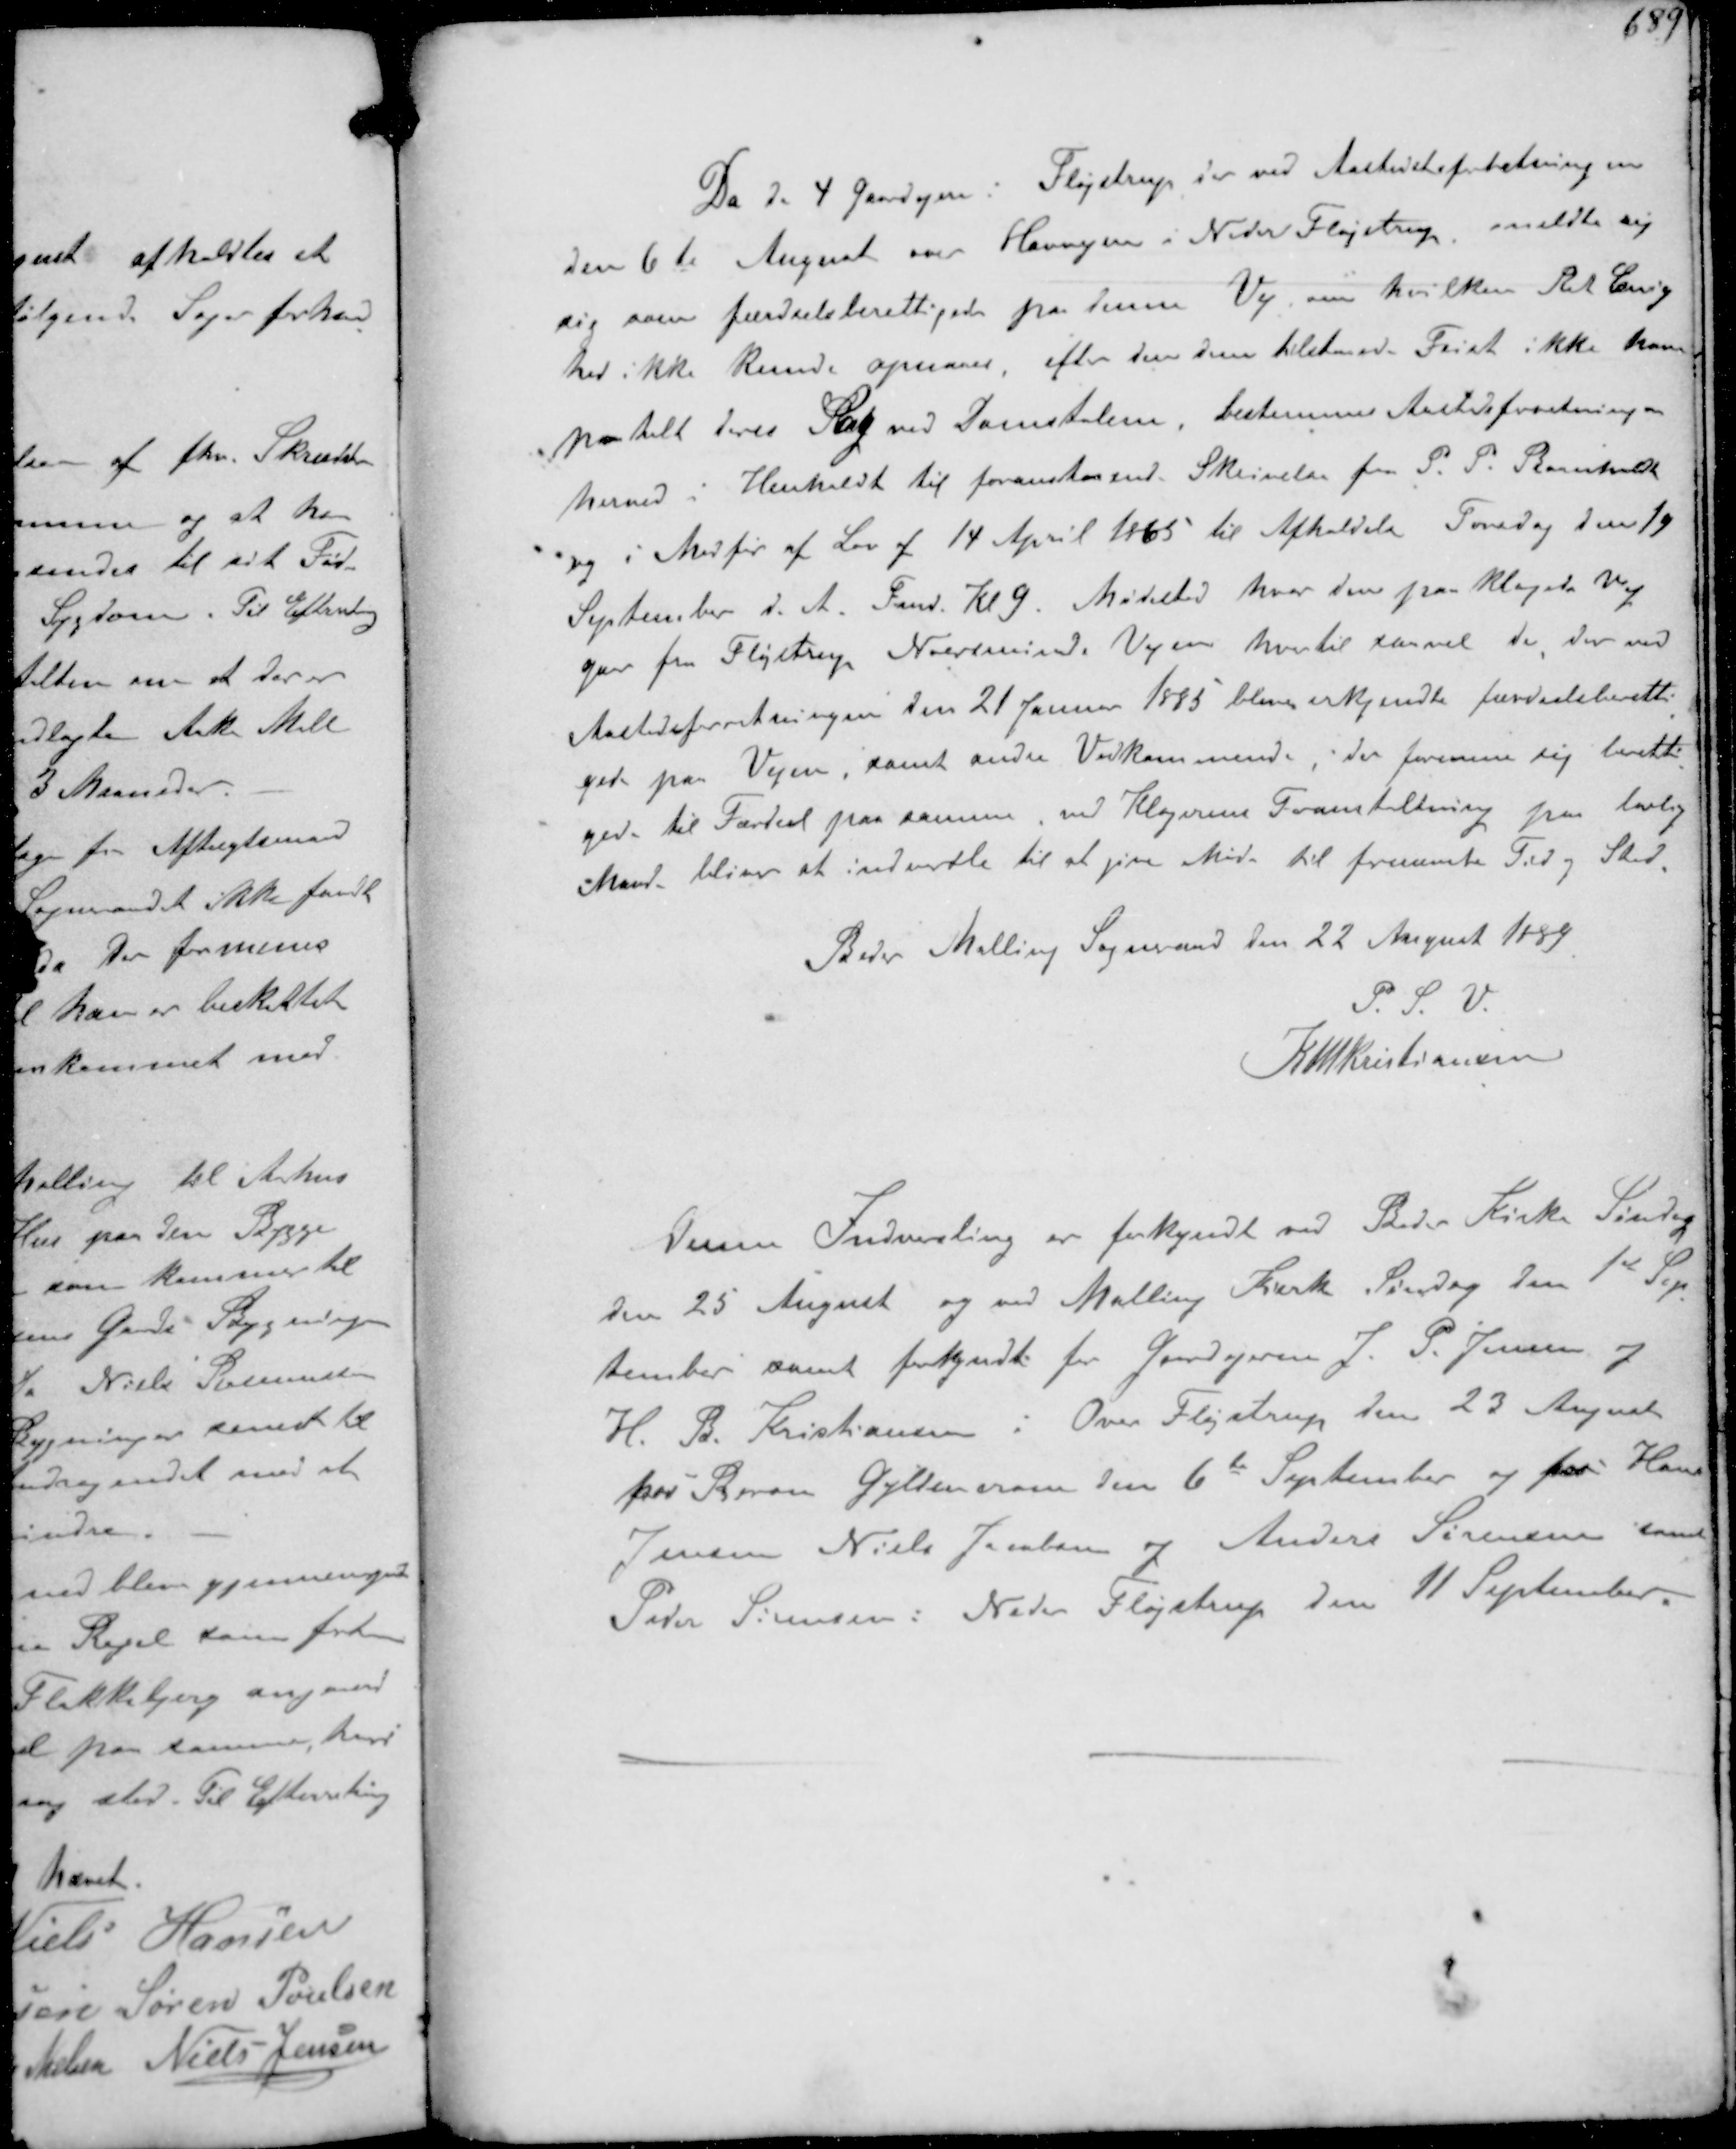
Transskription:
Da de 4 Gaardejer Fløjstrup der ved Aastedsforretningen
den 6te August over Havvejen i Neder Fløjstrup meldte sig
sig som færdselsberettiget paa denne Vej, om hvilken Ret Enig-
hed ikke kunde opnaaes, efter den dem tilstaaede Frist ikke haver
paatalt deres Sag ved Domstolene, bestemmer Aastedsforretningen
herved i Henhold til foranstaaende Skrivelse fra P. P. Bomholt
og i Medfør af Lov af 14 April 1865 til Afholdelse Torsdag den 19
September d. A. Fmd. Kl 9. Mødested hvor den paaklagede Vej
gaar fra Fløjstrup Norminde Vejen hvortil saavel de der ved
Aastedsforretningen den 21 Januar 1885 bliver erkjendte færdselsberetti-
gede paa Vejen, samt andre Vedkommende der formene sig beretti-
gede til Færdsel paa samme ved Klagerens Foranstaltning paa lovlig
Maade, bliver at indvarsle til at give Møde til fornævnte Tid og Sted
Beder Malling Sogneraad den 22 August 1889
P. S. V.
K N M Kristiansen

Denne Indvarsling er forkyndt ved Beder Kirke Søndag
den 25 August og ved Malling Kirke Søndag den 1ste Sep-
tember samt forkyndt for Gaardejerne J. P. Jensen og
H.B. Kristiansen i Over Fløjstrup den 23 August
hos Baron Gyldencrone den 6te September og for Hans
Jensen Niels Jacobsen og Anders Sørensen samt
Peder Sørensen: Neder Fløjstrup den 11 September.